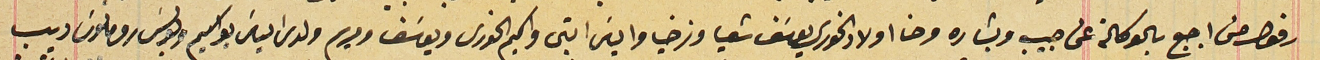
رفول من اجبع بالوكالة عن حبيب وبشاره وحنا اولاد الخورى يوسَف شعيا وزخيا والياسَ ابنى واكيم الخورى ويوسَف ومريم ولدى الياسَ يواكيم وبولسَ رومانوسَ ديب